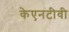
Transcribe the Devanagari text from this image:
केएनटीवी